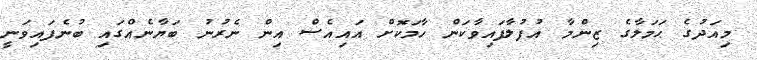
މިއަދުގެ ޙަމަލާގެ ޒިންމާ އުފުލާފައިވާކަން ހާމަކޮށް އައިއެސް އިން ނެރުނު ބަޔާނެއްގައި ބުނެފައިވަނީ